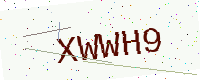
Text: XWWH9